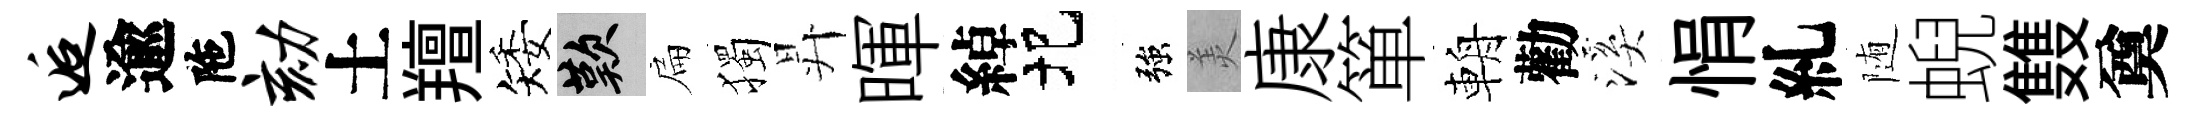
逅逾陁劾土羶矮嘆扁獨昇暉綽圯強羙康箪輈勸溪悁糺随蜺䨇奠